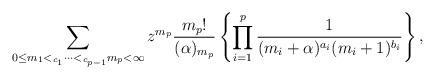
LaTeX: \begin{align*}\begin{aligned}\sum_{\begin{subarray}{c}0{\le}m_1<_{c_1}\cdots<_{c_{p-1}}m_p<\infty\end{subarray}}z^{m_p}\frac{{m_p}!}{(\alpha)_{m_p}}\left\{\prod_{i=1}^{p}\frac{1}{(m_i+\alpha)^{a_i}(m_i+1)^{b_i}}\right\},\end{aligned}\end{align*}